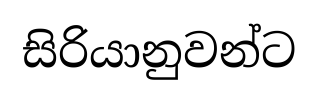
සිරියානුවන්ට